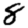
Digit: 8